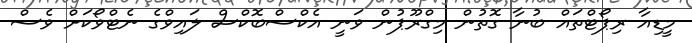
މީޑިއާ ރިޕޯޓްތައް ބުނާ ގޮތުން މިގްރޫޕުން ވަނީ އެކްސްބޮކްސް ލައިވްގެ ނެޓްވޯކަށް ވެސް